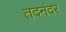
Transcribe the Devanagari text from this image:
तदनंदर